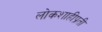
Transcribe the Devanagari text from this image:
लोकशाहीप्रती